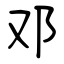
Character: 邓